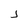
Character: j